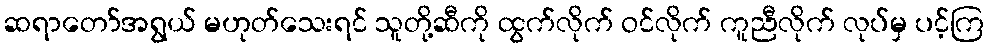
ဆရာတော်အရွယ် မဟုတ်သေးရင် သူတို့ဆီကို ထွက်လိုက် ဝင်လိုက် ကူညီလိုက် လုပ်မှ ပင့်ကြ